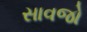
સાવજો